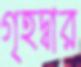
গৃহদ্বার